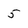
Character: 5